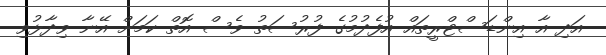
އަދި އާ އިންޑަސްޓްރީތައް އުފެދުމުގެ ފުރުސަތު ވެސް އޮތް ކަމަށް އޭނާ ވިދާޅުވި